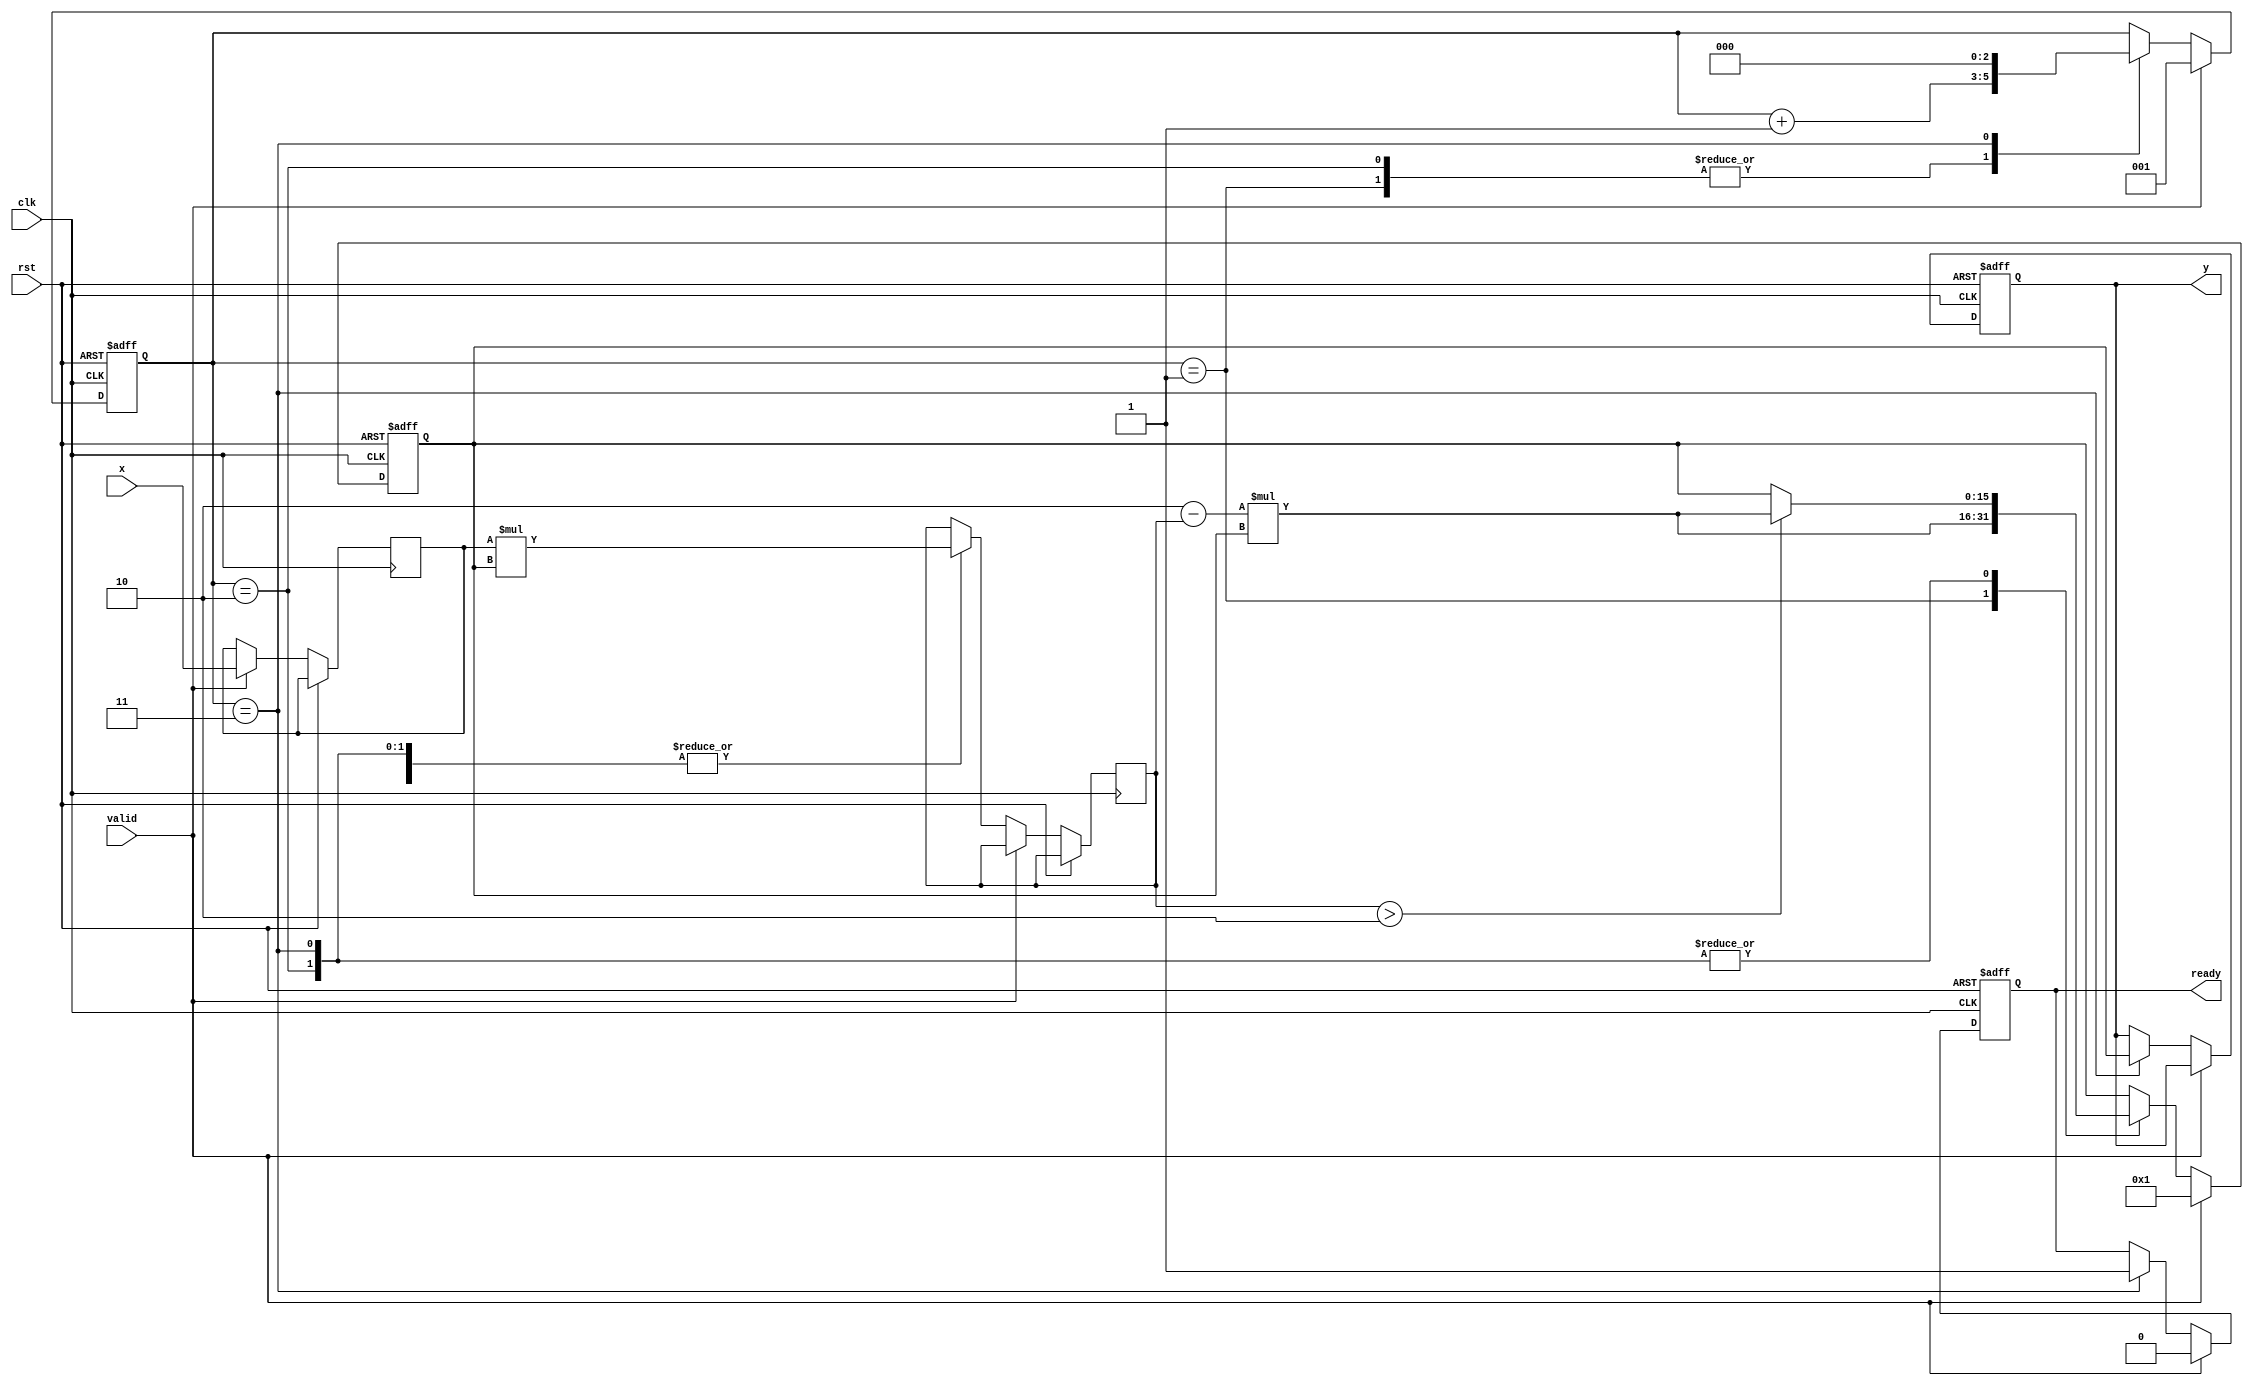
module approx_reciprocal (
    input wire clk,
    input wire rst,
    input wire valid,
    input wire [15:0] x, // 16-bit input (normalized floating-point)
    output reg [15:0] y,  // 16-bit output (approximate reciprocal)
    output reg ready
);

// Constants
parameter NUM_ITERATIONS = 3; // Number of iteration for Newton-Raphson
parameter ERROR_THRESHOLD = 16'h0001; // Acceptable error threshold

// Internal registers
reg [15:0] x_reg;
reg [15:0] estimate; // Initial estimate, can be set to 1.0 (fixed-point representation)

// Pipeline control
reg [2:0] stage;
reg [15:0] tmp;

// Calculate y = (2 - x * estimate) * estimate
always @(posedge clk or posedge rst) begin
    if (rst) begin
        stage <= 0;
        y <= 0;
        ready <= 0;
        estimate <= 16'h0001; // Initialization for 1.0 in fixed-point
    end else if (valid) begin
        ready <= 0;
        x_reg <= x;
        estimate <= 16'h0001; // Start with an initial guess 1.0
        stage <= 1;
    end else begin
        case (stage)
            1: begin
                tmp <= x_reg * estimate; // x * estimate
                estimate <= (16'h0002 - tmp) * estimate; // Newton-Raphson step
                stage <= stage + 1;
            end
            2: begin
                tmp <= x_reg * estimate;
                if (tmp > (16'h0001 << ERROR_THRESHOLD)) begin
                    estimate <= (16'h0002 - tmp) * estimate; // Another step
                end
                stage <= stage + 1;
            end
            3: begin
                tmp <= x_reg * estimate;
                if (tmp > (16'h0001 << ERROR_THRESHOLD)) begin
                    estimate <= (16'h0002 - tmp) * estimate; // Final correction
                end
                y <= estimate; // Assign the computed y
                ready <= 1; // Indicate output is ready
                stage <= 0; // Go back to idle state
            end
        endcase
    end
end

endmodule